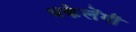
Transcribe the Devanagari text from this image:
धकेलेंगी